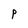
Character: p